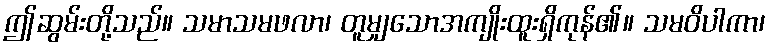
ဤဆွမ်းတို့သည်။ သမာသမဖလာ၊ တူမျှသောအကျိုးထူးရှိကုန်၏။ သမဝိပါကာ၊